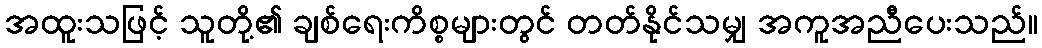
အထူးသဖြင့် သူတို့၏ ချစ်ရေးကိစ္စများတွင် တတ်နိုင်သမျှ အကူအညီပေးသည်။